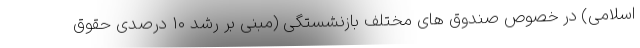
اسلامی) در خصوص صندوق های مختلف بازنشستگی (مبنی بر رشد ۱۰ درصدی حقوق